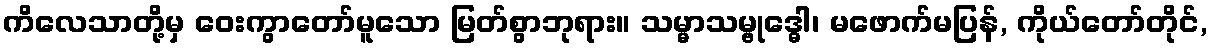
ကိလေသာတို့မှ ဝေးကွာတော်မူသော မြတ်စွာဘုရား။ သမ္မာသမ္ဗုဒ္ဓေါ၊ မဖောက်မပြန်, ကိုယ်တော်တိုင်,